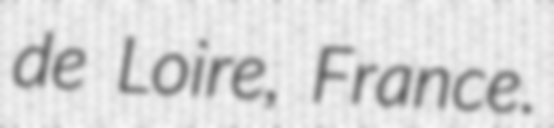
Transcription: de Loire, France.